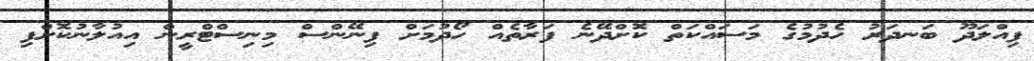
ފިއްލަދޫ ބަނދަރު ހެދުމުގެ މަސައްކަތް ކޮށްދޭނެ ފަރާތެއް ހޯދުމަށް ފިނޭންސް މިނިސްޓްރީން އިއުލާނުކޮށްފި